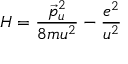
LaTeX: H = \frac { \vec { p } _ { u } ^ { 2 } } { 8 m u ^ { 2 } } - \frac { e ^ { 2 } } { u ^ { 2 } }